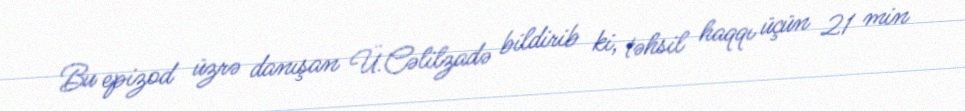
Bu epizod üzrə danışan Ü.Cəlilzadə bildirib ki, təhsil haqqı üçün 21 min